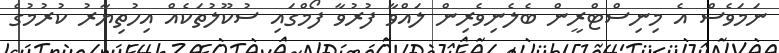
ނަމަވެސް އެ މިނިސްޓްރީން ބެލެނިވެރިން ލައްވާ ފުރުވާ ފޯމްގައި ސުކޫލުތަކެއް އިހުތިޔާރު ކުރުމުގެ